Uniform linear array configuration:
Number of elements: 8
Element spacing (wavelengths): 0.75
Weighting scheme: cosine
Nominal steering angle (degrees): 15
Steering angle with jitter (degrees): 14.169
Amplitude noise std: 0.05
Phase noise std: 0.05

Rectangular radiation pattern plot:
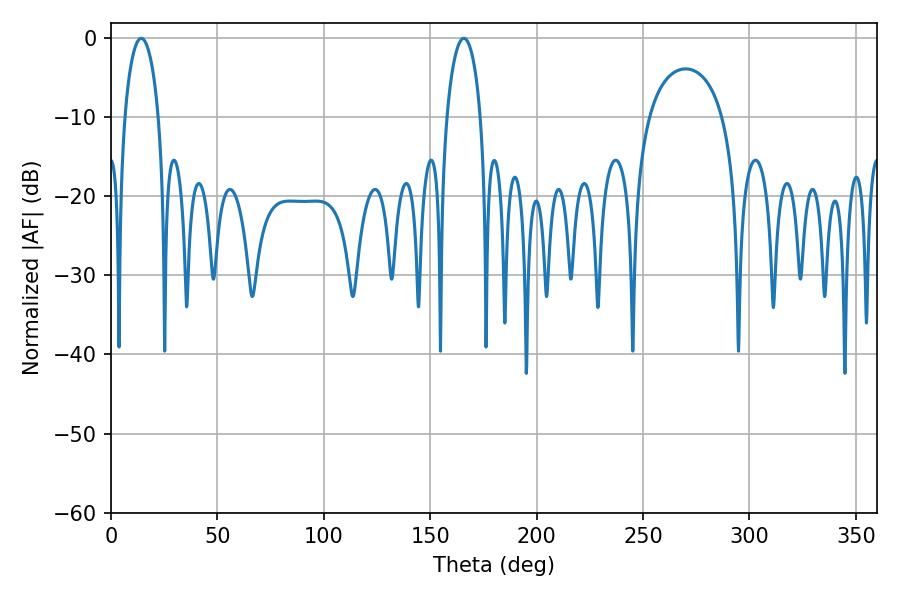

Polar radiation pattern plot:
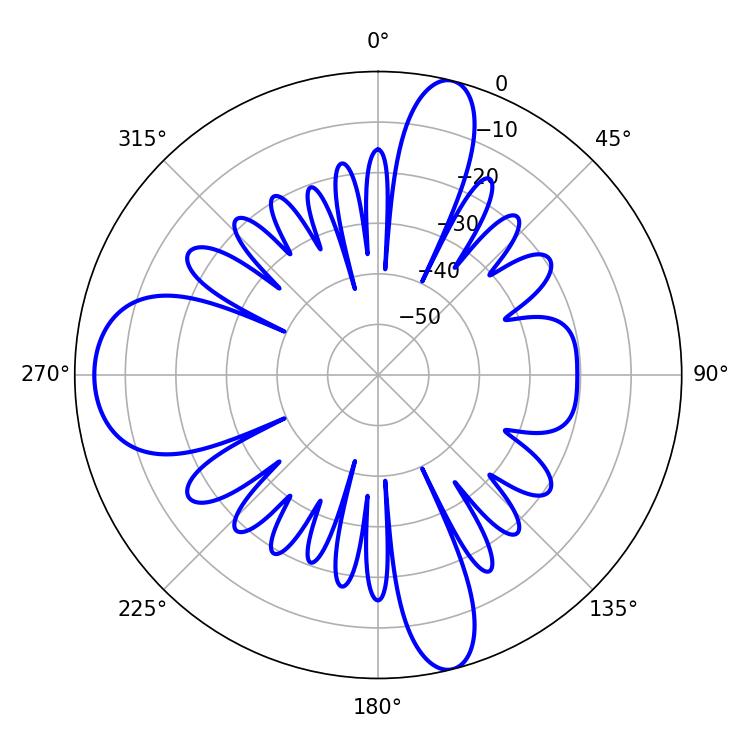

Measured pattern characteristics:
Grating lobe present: TRUE
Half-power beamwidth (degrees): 9
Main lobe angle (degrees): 14.22